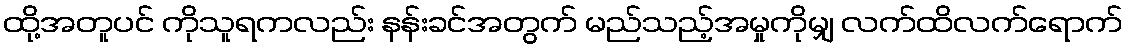
ထို့အတူပင် ကိုသူရကလည်း နန်းခင်အတွက် မည်သည့်အမှုကိုမျှ လက်ထိလက်ရောက်